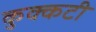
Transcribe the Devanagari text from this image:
कुक्कटी